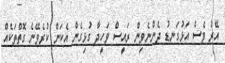
އޭރު ވެސް އަޅުގަނޑު ދެންނެވިން ރައީސް ވަހީދާ ގުޅިގެން އެކަން ކުރެވޭނެ ގޮތްތަކެއް